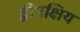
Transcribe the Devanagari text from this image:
द्वीपक्षिय